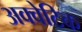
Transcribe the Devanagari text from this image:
अक्वेटिक